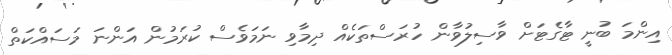
އިންމަ ބުނީ ޓާގެޓަށް ވާސިލުވާން ހުރަސްތަކެއް ދިމާވި ނަމަވެސް ކުރަމުން އަންނަ މަސައްކަތް